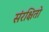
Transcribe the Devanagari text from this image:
संरक्षितो